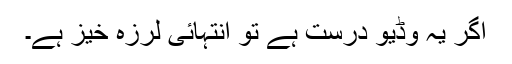
اگر یہ وڈیو درست ہے تو انتہائی لرزہ خیز ہے۔